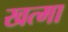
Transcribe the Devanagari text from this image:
खत्मा